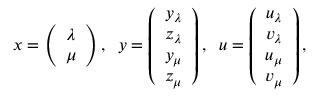
x = \left( \begin{array} { c } { \lambda } \\ { \mu } \end{array} \right) , \; \; y = \left( \begin{array} { c } { y _ { \lambda } } \\ { z _ { \lambda } } \\ { y _ { \mu } } \\ { z _ { \mu } } \end{array} \right) , \; \; u = \left( \begin{array} { c } { u _ { \lambda } } \\ { v _ { \lambda } } \\ { u _ { \mu } } \\ { v _ { \mu } } \end{array} \right) ,